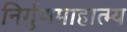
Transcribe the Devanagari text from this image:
निर्गुणमाहात्म्य